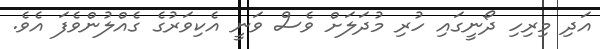
އަދި މިރިހި ދޯނީގައި ހުރި މުދަލަށް ވެސް ވަނީ އެކިވަރުގެ ގެއްލުންވެފަ އެވެ.